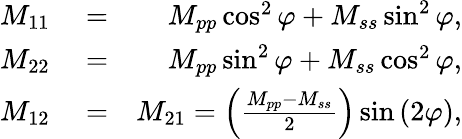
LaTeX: \begin{array}{rlr}{M_{11}}&{{}=}&{M_{pp}\cos^{2}\varphi+M_{ss}\sin^{2}\varphi,}\\ {M_{22}}&{{}=}&{M_{pp}\sin^{2}\varphi+M_{ss}\cos^{2}\varphi,}\\ {M_{12}}&{{}=}&{M_{21}=\left(\frac{M_{pp}-M_{ss}}{2}\right)\sin{(2\varphi)},}\end{array}